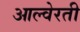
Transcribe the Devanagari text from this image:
आल्वेरती